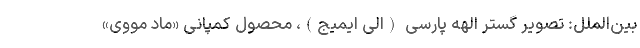
بین‌الملل: تصویر گستر الهه پارسی (الی ایمیج)، محصول کمپانی «ماد مووی»